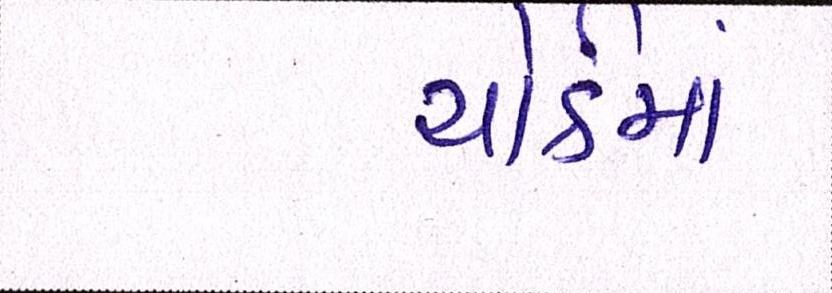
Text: યોર્કમાં